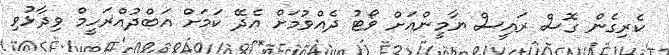
ކެރިގެން ގޮސް ރައީސް ޔާމީންއަށް ވޯޓު ދެއްވުމަށް އެދޭ ކަމަށް އަބްދުއްރަހީމް ވިދާޅުވި